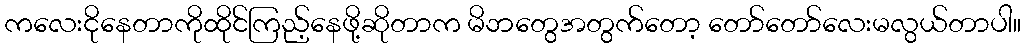
ကလေးငိုနေတာကိုထိုင်ကြည့်နေဖို့ဆိုတာက မိဘတွေအတွက်တော့ တော်တော်လေးမလွယ်တာပါ။